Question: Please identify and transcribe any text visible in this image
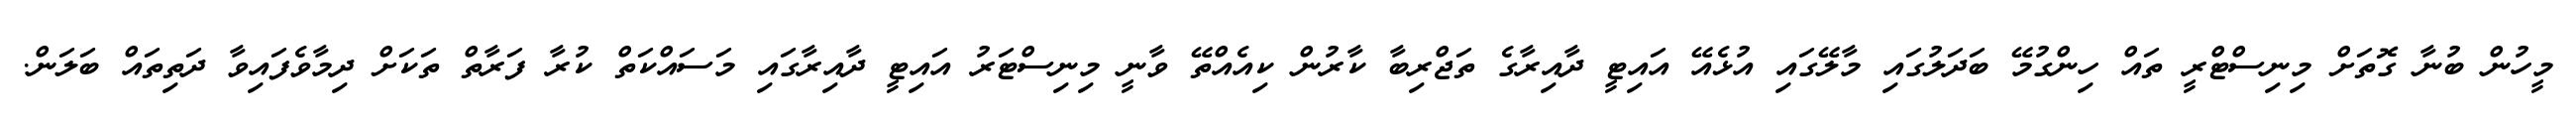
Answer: މީހުން ބުނާ ގޮތަށް މިނިސްޓްރީ ތައް ހިންގުމޭ ބަދަލުގައި މާލޭގައި އުޅެއޭ އައިޓީ ދާއިރާގެ ތަޖްރިބާ ކާރުން ކިއެއްތޭ ވާނީ މިނިސްޓަރު އައިޓީ ދާއިރާގައި މަސައްކަތް ކުރާ ފަރާތް ތަކަށް ދިމާވެފައިވާ ދަތިތައް ބަލަން.